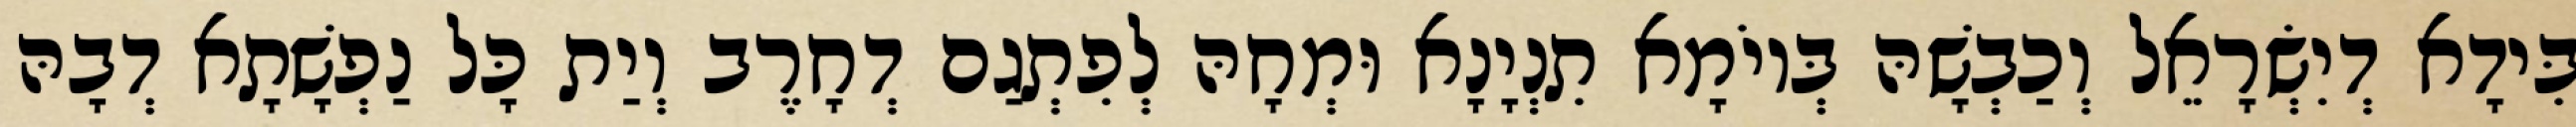
בִּידָא דְיִשְׂרָאֵל וְכַבְשָׁהּ בְּיוֹמָא תִנְיָנָא וּמְחָהּ לְפִתְגַם דְחָרֶב וְיַת כָּל נַפְשָׁתָא דְבָהּ